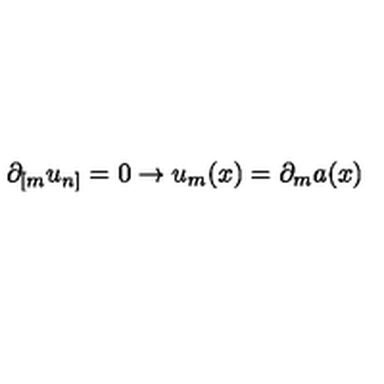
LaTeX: \partial _ { [ m } u _ { n ] } = 0 \rightarrow u _ { m } ( x ) = \partial _ { m } a ( x )